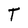
Character: T